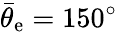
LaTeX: \bar{\theta}_{\mathrm{e}}=150^{\circ}